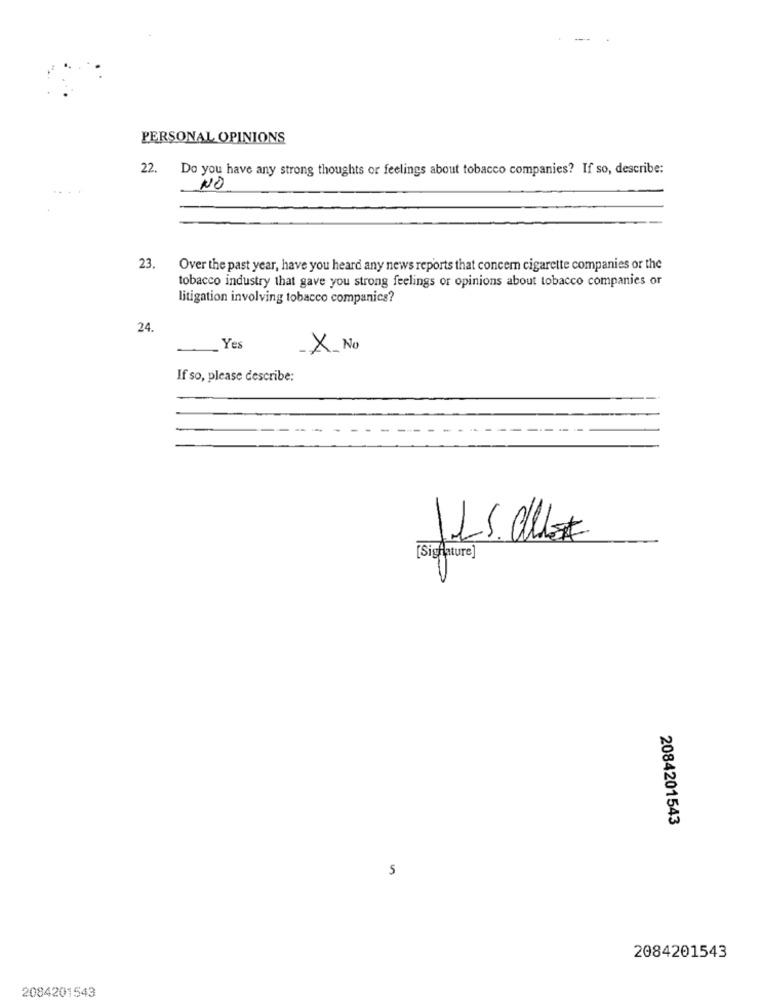
PERSONAL OPINIONS
22.
Do you have any strong thoughts or feelings about tobacco companies? If so, describe:
NO
23.
Over the past year, have you heard any news reports that concern cigarette companies or the
tobacco industry that gave you strong feelings or opinions about tobacco companies or
litigation involving tobacco companies?
24.
Yes
X. No
If so, please describe:
[Signature]
2084201543
S
2084201543
2084201543